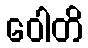
ဝေါတိ